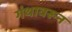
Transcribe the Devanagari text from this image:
गंथावरून